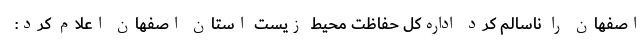
اصفهان را ناسالم کرد اداره‌کل حفاظت محیط زیست استان اصفهان اعلام کرد: